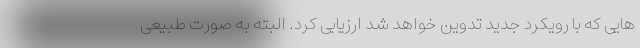
هایی که با رویکرد جدید تدوین خواهد شد ارزیابی کرد. البته به صورت طبیعی